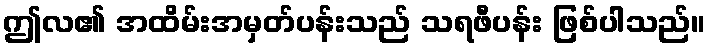
ဤလ၏ အထိမ်းအမှတ်ပန်းသည် သရဖီပန်း ဖြစ်ပါသည်။